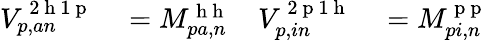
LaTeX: \begin{array}{rlrl}{V_{p,an}^{\mathrm{~2~h~1~p~}}}&{{}=M_{pa,n}^{\mathrm{~h~h~}}}&{V_{p,in}^{\mathrm{~2~p~1~h~}}}&{{}=M_{pi,n}^{\mathrm{~p~p~}}}\end{array}